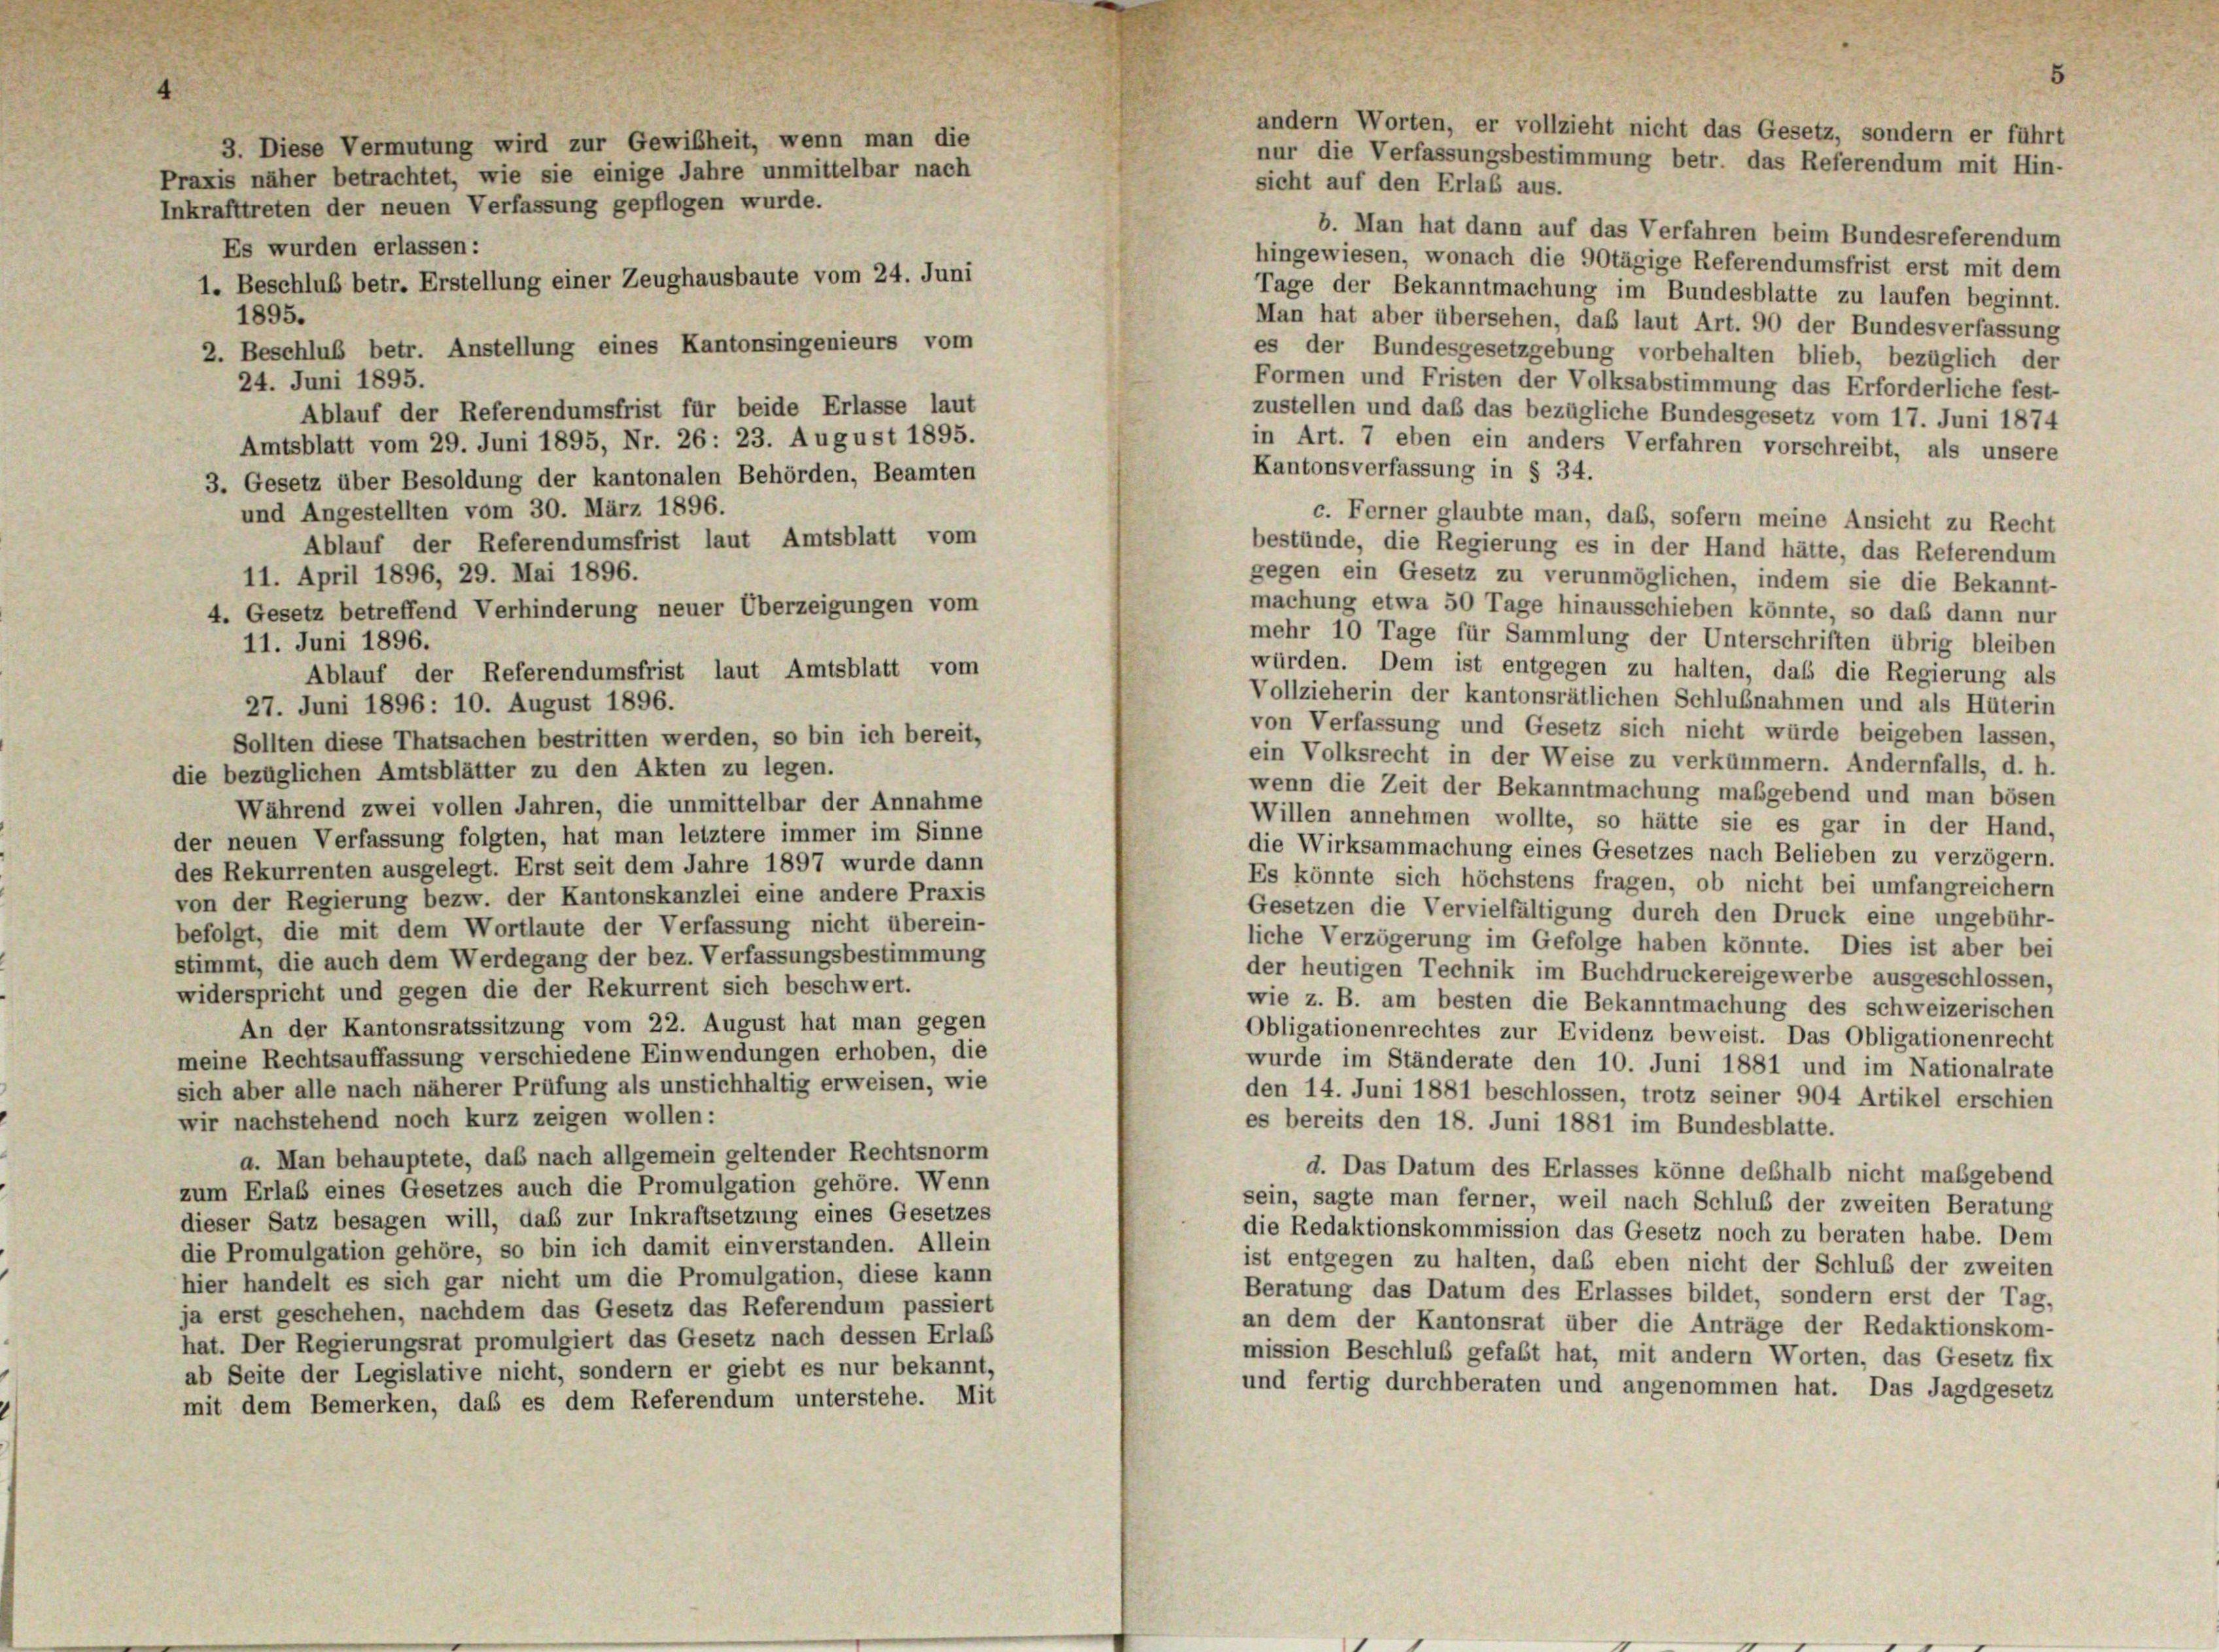
3. Diese Vermutung wird zur Gewißheit, wenn man die
Praxis näher betrachtet, wie sie einige Jahre unmittelbar nach
Inkrafttreten der neuen Verfassung gepflogen wurde.
Es wurden erlassen:
1. Beschluß betr. Erstellung einer Zeughausbaute vom 24. Juni
1895.
2. Beschluß betr. Anstellung eines Kantonsingenieurs vom

b. Man hat dann auf das Verfahren beim Bundesreferendum
hingewiesen, wonach die 90tägige Referendumsfrist erst mit dem
Tage der Bekanntmachung im Bundesblatte zu laufen beginnt.
Man hat aber übersehen, daß laut Art. 90 der Bundesverfassung
es der Bundesgesetzgebung vorbehalten blieb, bezüglich der
Formen und Fristen der Volksabstimmung das Erforderliche fest-
Ablauf der Referendumsfrist für beide Erlasse laut
zustellen und daß das bezügliche Bundesgesetz vom 17. Juni 1874
Amtsblatt vom 29. Juni 1895, Nr. 26: 23. August 1895.
in Art. 7 eben ein anders Verfahren vorschreibt, als unsere
Kantonsverfassung in § 34.
3. Gesetz über Besoldung der kantonalen Behörden, Beamten
und Angestellten vom 30. März 1896.
c. Ferner glaubte man, das, sofern meine Ansicht zu Recht
Ablauf der Referendumsfrist laut Amtsblatt vom
bestünde, die Regierung es in der Hand hätte, das Referendum
gegen ein Gesetz zu verunmöglichen, indem sie die Bekannt
machung etwa 50 Tage hinausschieben könnte, so das dann nur
4. Gesetz betreffend Verhinderung neuer Überzeigungen vom
mehr 10 Tage für Sammlung der Unterschriften übrig bleiben
würden. Dem ist entgegen zu halten, daß die Regierung als
Ablauf der Referendumsfrist laut Amtsblatt vom
Vollzieherin der kantonsrätlichen Schlußnahmen und als Hüterin
27. Juni 1896: 10. August 1896.
von Verfassung und Gesetz sich nicht würde beigeben lassen,
Sollten diese Thatsachen bestritten werden, so bin ich bereit,
ein Volksrecht in der Weise zu verkümmern. Andernfalls, d. h.
die bezüglichen Amtsblätter zu den Akten zu legen.
wenn die Zeit der Bekanntmachung maßgebend und man bösen
Während zwei vollen Jahren, die unmittelbar der Annahme
Willen annehmen wollte, so hätte sie es gar in der Hand,
der neuen Verfassung folgten, hat man letztere immer im Sinne
die Wirksammachung eines Gesetzes nach Belieben zu verzögern.
des Rekurrenten ausgelegt. Erst seit dem Jahre 1897 wurde dann
Es könnte sich höchstens fragen, ob nicht bei umfangreicher
von der Regierung bezw. der Kantonskanzlei eine andere Praxis
Gesetzen die Vervielfältigung durch den Druck eine ungebühr-
befolgt, die mit dem Wortlaute der Verfassung nicht überein-
liche Verzögerung im Gefolge haben könnte. Dies ist aber bei
stimmt, die auch dem Werdegang der bez. Verfassungsbestimmung
der heutigen Technik im Buchdruckereigewerbe ausgeschlossen,
widerspricht und gegen die der Rekurrent sich beschwert.
wie z. B. am besten die Bekanntmachung des schweizerischen
An der Kantonsratssitzung vom 22. August hat man gegen
Obligationenrechtes zur Evidenz beweist. Das Obligationenrecht
meine Rechtsauffassung verschiedene Einwendungen erhoben, die
wurde im Ständerate den 10. Juni 1881 und im Nationalrate
sich aber alle nach näherer Prüfung als unstichhaltig erweisen, wie
den 14. Juni 1881 beschlossen, trotz seiner 904 Artikel erschien
wir nachstehend noch kurz zeigen wollen:
es bereits den 18. Juni 1881 im Bundesblatte.
a. Man behauptete, das nach allgemein geltender Rechtsnorm
d. Das Datum des Erlasses könne deshalb nicht maßgebend
zum Erlaß eines Gesetzes auch die Promulgation gehöre. Wenn
sein, sagte man ferner, weil nach Schluß der zweiten Beratung
dieser Satz besagen will, das zur Inkraftsetzung eines Gesetzes
die Redaktionskommission das Gesetz noch zu beraten habe. Dem
die Promulgation gehöre, so bin ich damit einverstanden. Allein
ist entgegen zu halten, das eben nicht der Schluß der zweiten
hier handelt es sich gar nicht um die Promulgation, diese kann
Beratung das Datum des Erlasses bildet, sondern erst der Tag,
ja erst geschehen, nachdem das Gesetz das Referendum passiert
an dem der Kantonsrat über die Anträge der Redaktionskom-
hat. Der Regierungsrat promulgiert das Gesetz nach dessen Erlas
mission Beschluß gefaßt hat, mit andern Worten, das Gesetz fix
ab Seite der Legislative nicht, sondern er giebt es nur bekannt
und fertig durchberaten und angenommen hat. Das Jagdgesetz
mit dem Bemerken, daß es dem Referendum unterstehe. Mit

24. Juni 1895.

11. April 1896, 29. Mai 1896.
11. Juni 1896.

andern Worten, er vollzieht nicht das Gesetz, sondern er führt
nur die Verfassungsbestimmung betr. das Referendum mit Hin-
sicht auf den Erlaß aus.